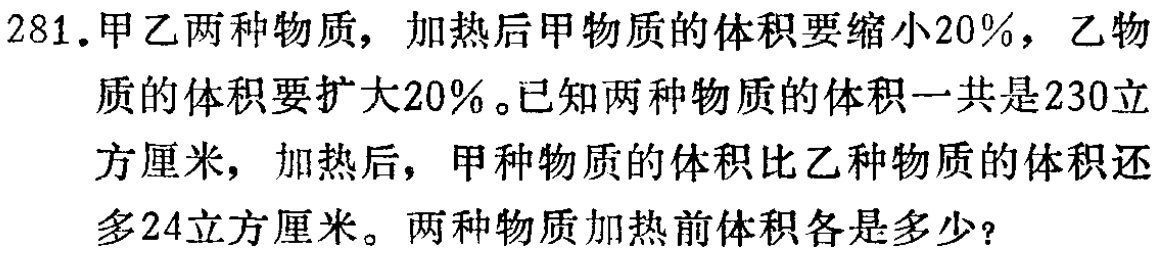
281.甲乙两种物质，加热后甲物质的体积要缩小20%，乙物质的体积要扩大20%。已知两种物质的体积一共是230立方厘米，加热后，甲种物质的体积比乙种物质的体积还多24立方厘米。两种物质加热前体积各是多少？